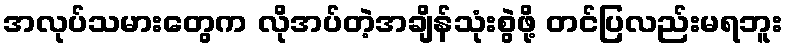
အလုပ်သမားတွေက လိုအပ်တဲ့အချိန်သုံးစွဲဖို့ တင်ပြလည်းမရဘူး